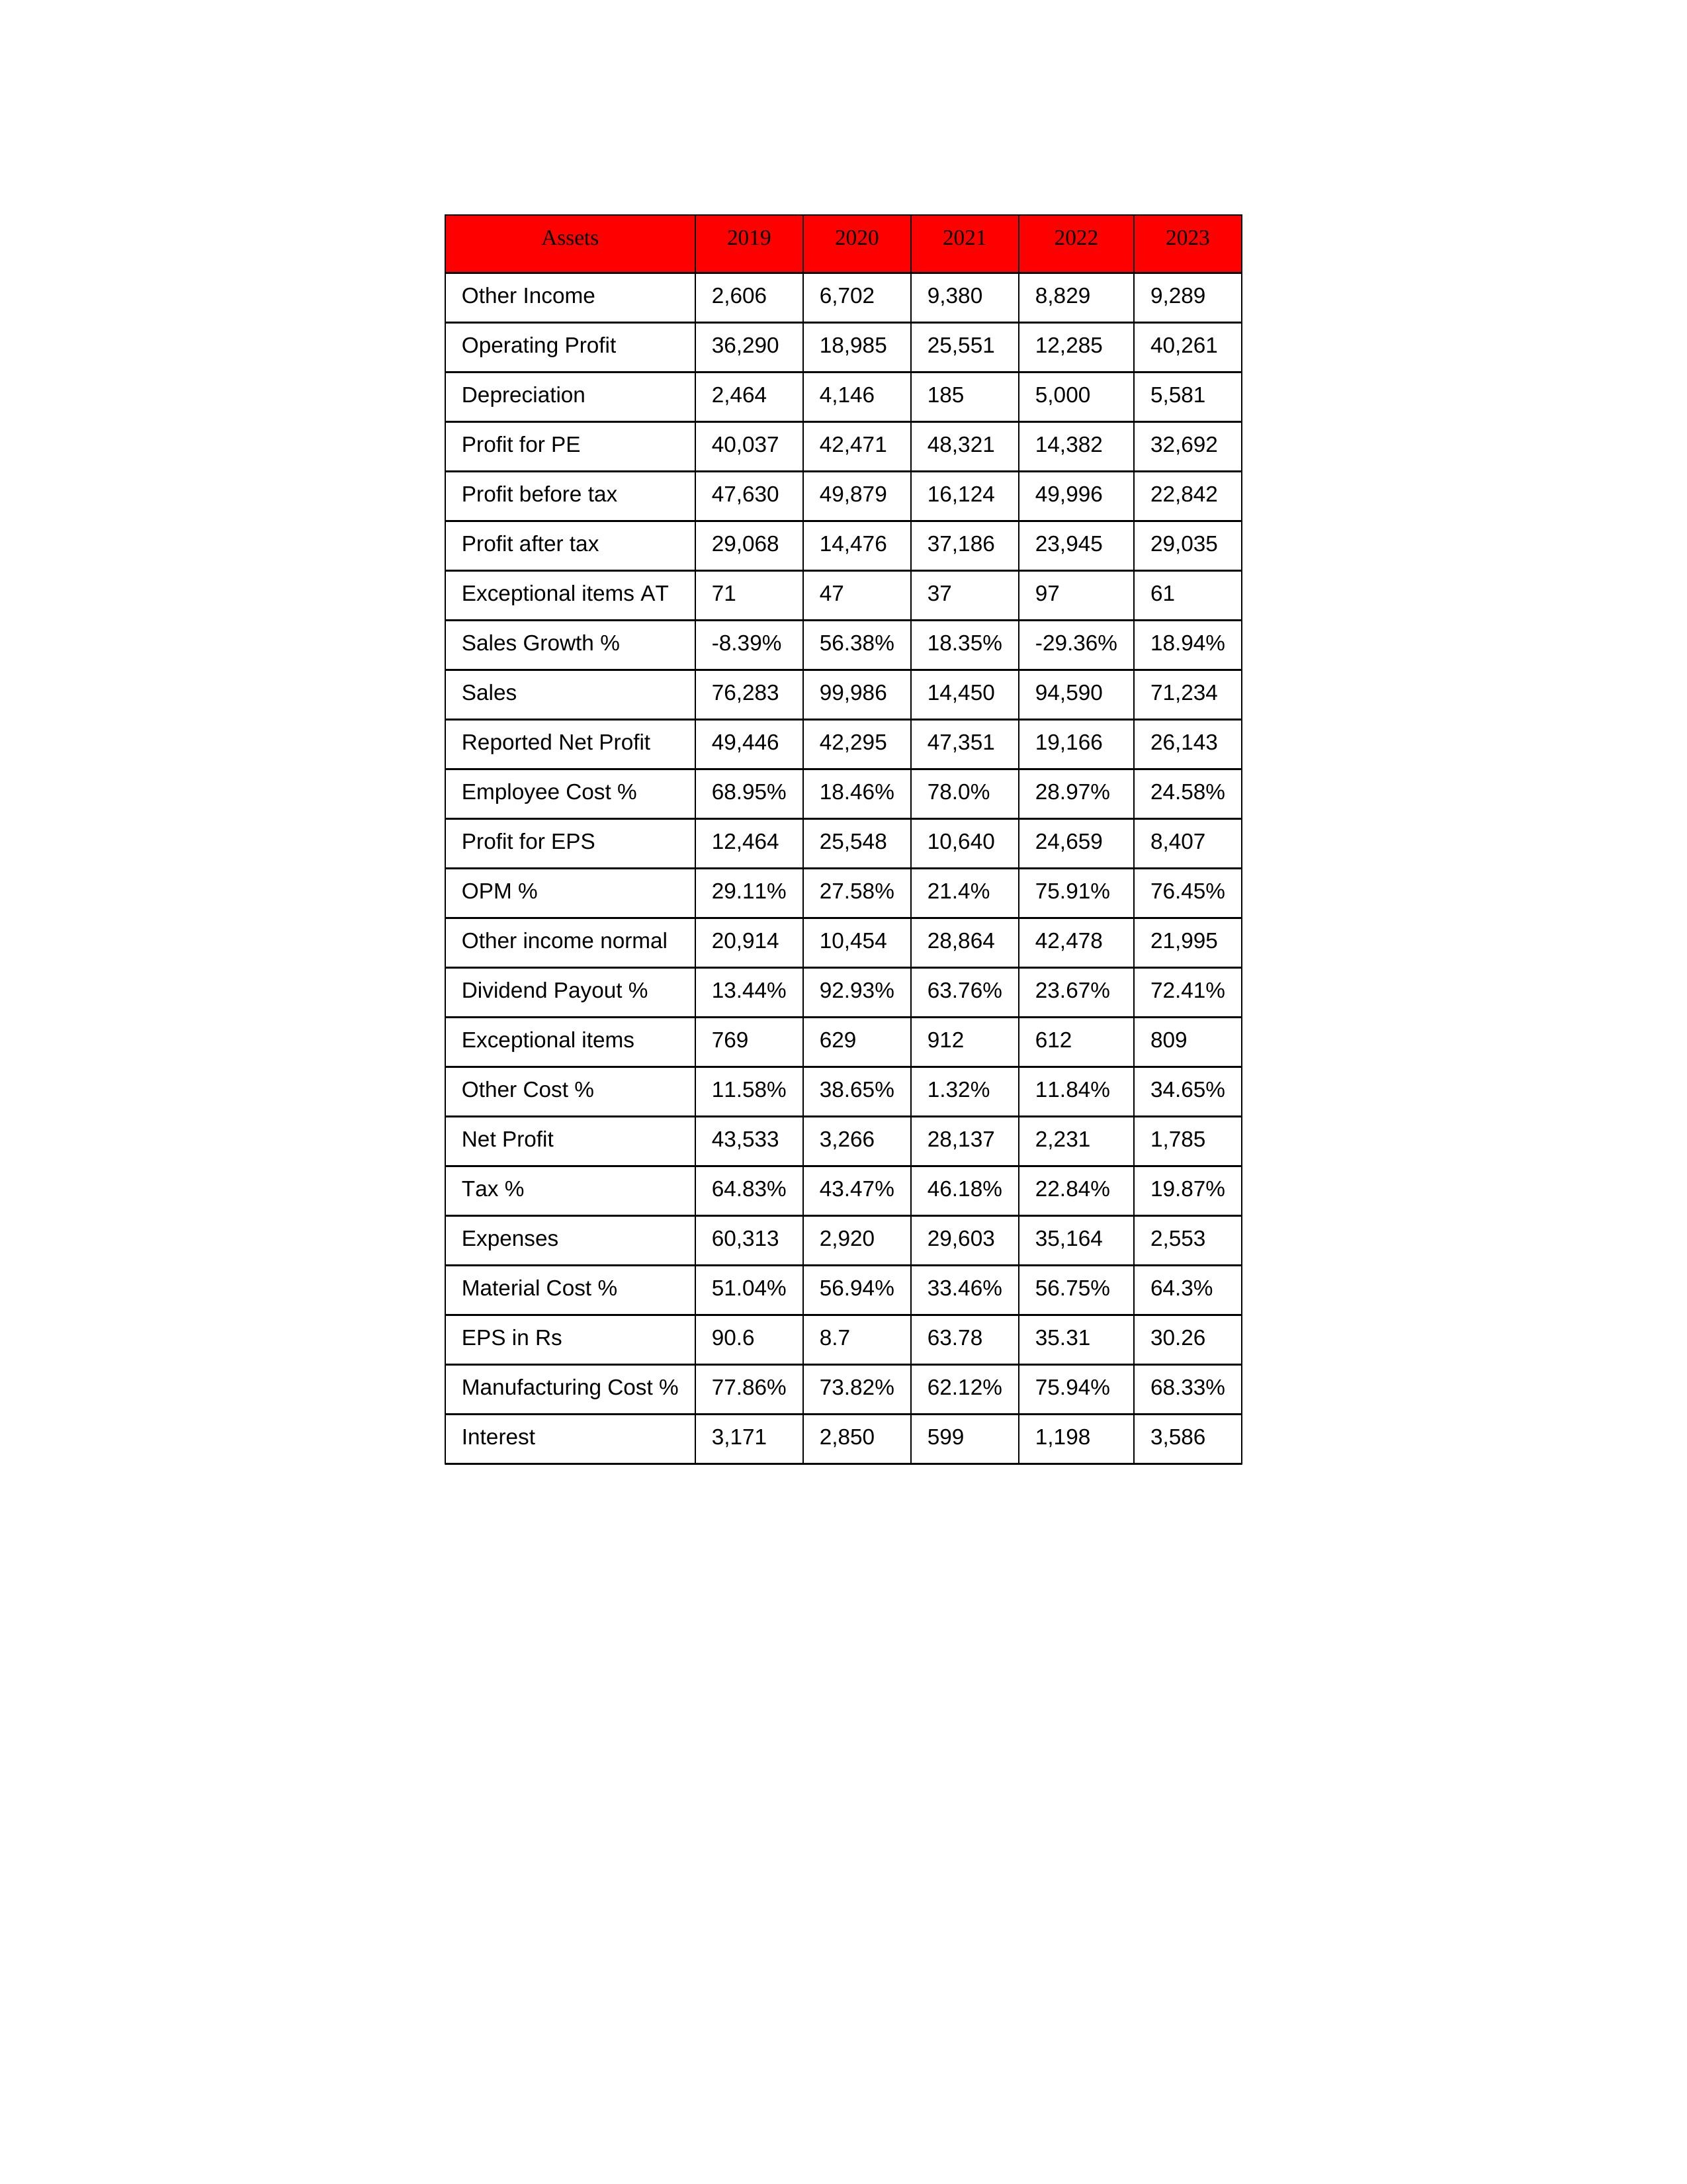
gt_parse: 2019: Sales: 76,283
Sales Growth %: -8.39%
Expenses: 60,313
Material Cost %: 51.04%
Manufacturing Cost %: 77.86%
Employee Cost %: 68.95%
Other Cost %: 11.58%
Operating Profit: 36,290
OPM %: 29.11%
Other Income: 2,606
Exceptional items: 769
Other income normal: 20,914
Interest: 3,171
Depreciation: 2,464
Profit before tax: 47,630
Tax %: 64.83%
Net Profit: 43,533
Profit after tax: 29,068
Reported Net Profit: 49,446
Profit for EPS: 12,464
Exceptional items AT: 71
Profit for PE: 40,037
EPS in Rs: 90.6
Dividend Payout %: 13.44%
2020: Sales: 99,986
Sales Growth %: 56.38%
Expenses: 2,920
Material Cost %: 56.94%
Manufacturing Cost %: 73.82%
Employee Cost %: 18.46%
Other Cost %: 38.65%
Operating Profit: 18,985
OPM %: 27.58%
Other Income: 6,702
Exceptional items: 629
Other income normal: 10,454
Interest: 2,850
Depreciation: 4,146
Profit before tax: 49,879
Tax %: 43.47%
Net Profit: 3,266
Profit after tax: 14,476
Reported Net Profit: 42,295
Profit for EPS: 25,548
Exceptional items AT: 47
Profit for PE: 42,471
EPS in Rs: 8.7
Dividend Payout %: 92.93%
2021: Sales: 14,450
Sales Growth %: 18.35%
Expenses: 29,603
Material Cost %: 33.46%
Manufacturing Cost %: 62.12%
Employee Cost %: 78.0%
Other Cost %: 1.32%
Operating Profit: 25,551
OPM %: 21.4%
Other Income: 9,380
Exceptional items: 912
Other income normal: 28,864
Interest: 599
Depreciation: 185
Profit before tax: 16,124
Tax %: 46.18%
Net Profit: 28,137
Profit after tax: 37,186
Reported Net Profit: 47,351
Profit for EPS: 10,640
Exceptional items AT: 37
Profit for PE: 48,321
EPS in Rs: 63.78
Dividend Payout %: 63.76%
2022: Sales: 94,590
Sales Growth %: -29.36%
Expenses: 35,164
Material Cost %: 56.75%
Manufacturing Cost %: 75.94%
Employee Cost %: 28.97%
Other Cost %: 11.84%
Operating Profit: 12,285
OPM %: 75.91%
Other Income: 8,829
Exceptional items: 612
Other income normal: 42,478
Interest: 1,198
Depreciation: 5,000
Profit before tax: 49,996
Tax %: 22.84%
Net Profit: 2,231
Profit after tax: 23,945
Reported Net Profit: 19,166
Profit for EPS: 24,659
Exceptional items AT: 97
Profit for PE: 14,382
EPS in Rs: 35.31
Dividend Payout %: 23.67%
2023: Sales: 71,234
Sales Growth %: 18.94%
Expenses: 2,553
Material Cost %: 64.3%
Manufacturing Cost %: 68.33%
Employee Cost %: 24.58%
Other Cost %: 34.65%
Operating Profit: 40,261
OPM %: 76.45%
Other Income: 9,289
Exceptional items: 809
Other income normal: 21,995
Interest: 3,586
Depreciation: 5,581
Profit before tax: 22,842
Tax %: 19.87%
Net Profit: 1,785
Profit after tax: 29,035
Reported Net Profit: 26,143
Profit for EPS: 8,407
Exceptional items AT: 61
Profit for PE: 32,692
EPS in Rs: 30.26
Dividend Payout %: 72.41%